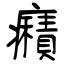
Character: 癪